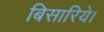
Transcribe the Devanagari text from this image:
बिसारिये।